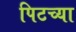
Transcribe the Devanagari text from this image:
पिटच्या